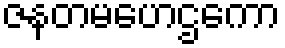
ဇနတမဟေဌကော